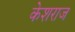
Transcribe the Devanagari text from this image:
केशराज